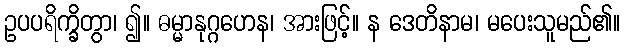
ဥပပရိက္ခိတွာ၊ ၍။ ဓမ္မာနုဂ္ဂဟေန၊ အားဖြင့်။ န ဒေတိနာမ၊ မပေးသူမည်၏။